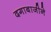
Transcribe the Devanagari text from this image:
दगाबाजीने